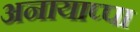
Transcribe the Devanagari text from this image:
अनायाप्पा